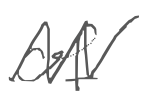
Text: of
Cross-out: zig-zag
Writing tool: digital_gray